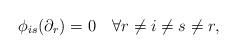
LaTeX: \begin{align*} \phi_{is}(\partial_r)=0 \quad\forall r\neq i\neq s\neq r, \end{align*}